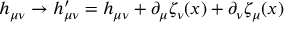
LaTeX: h _ { \mu \nu } \rightarrow h _ { \mu \nu } ^ { \prime } = h _ { \mu \nu } + \partial _ { \mu } \zeta _ { \nu } ( x ) + \partial _ { \nu } \zeta _ { \mu } ( x )